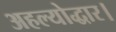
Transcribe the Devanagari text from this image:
अहल्योद्धार।